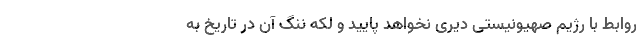
روابط با رژیم صهیونیستی دیری نخواهد پایید و لکهِ ننگ آن در تاریخ به